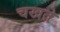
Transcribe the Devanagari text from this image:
चखते